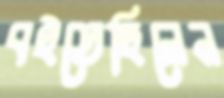
বইতেছিলেন